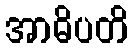
အာဓိပတိ